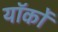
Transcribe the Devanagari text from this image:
यॉर्कों